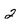
Character: 2